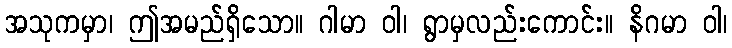
အသုကမှာ၊ ဤအမည်ရှိသော။ ဂါမာ ဝါ၊ ရွာမှလည်းကောင်း။ နိဂမာ ဝါ၊